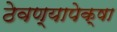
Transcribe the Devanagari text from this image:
ठेवण्यापेक्षा